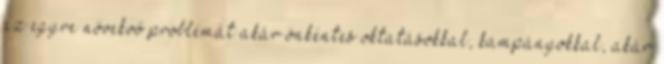
az egyre növekvő problémát akár önkéntes oktatásokkal, kampányokkal, akár